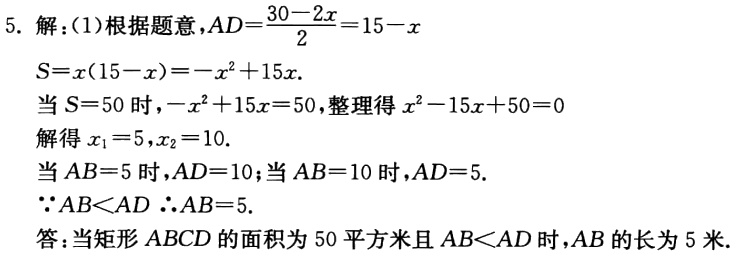
5. 解：(1)根据题意，\(AD = \frac{30 - 2x}{2}=15 - x\)
\(S = x(15 - x)=-x^{2}+15x\).
当\(S = 50\)时，\(-x^{2}+15x = 50\)，整理得\(x^{2}-15x + 50 = 0\)
解得\(x_{1}=5,x_{2}=10\).
当\(AB = 5\)时，\(AD = 10\)；当\(AB = 10\)时，\(AD = 5\).
\(\because AB\lt AD\) \(\therefore AB = 5\).
答：当矩形\(ABCD\)的面积为\(50\)平方米且\(AB\lt AD\)时，\(AB\)的长为\(5\)米.